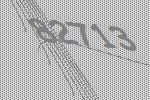
82713